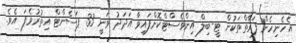
އެހެނިހެން ފަރާތްތަކުން ޓީ-ބިލް އިންވެސްޓްކޮށްފައިވާ އަދަދު ވަނީ 33 ޕަސެންޓް އިތުރުވެފަ އެވެ.